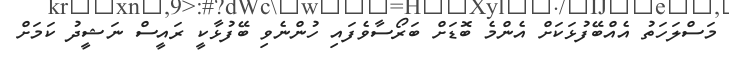
މަސްލަހަތު އެއްބޭފުޅަކަށް އެންމެ ބޮޑަށް ބަރޯސާވެފައި ހުންނެވި ބޭފުޅާކީ ރައީސް ނަޝީދު ކަމަށް